Vaccination in Burma 1889-1999 - 1889-1999
Year: 1889
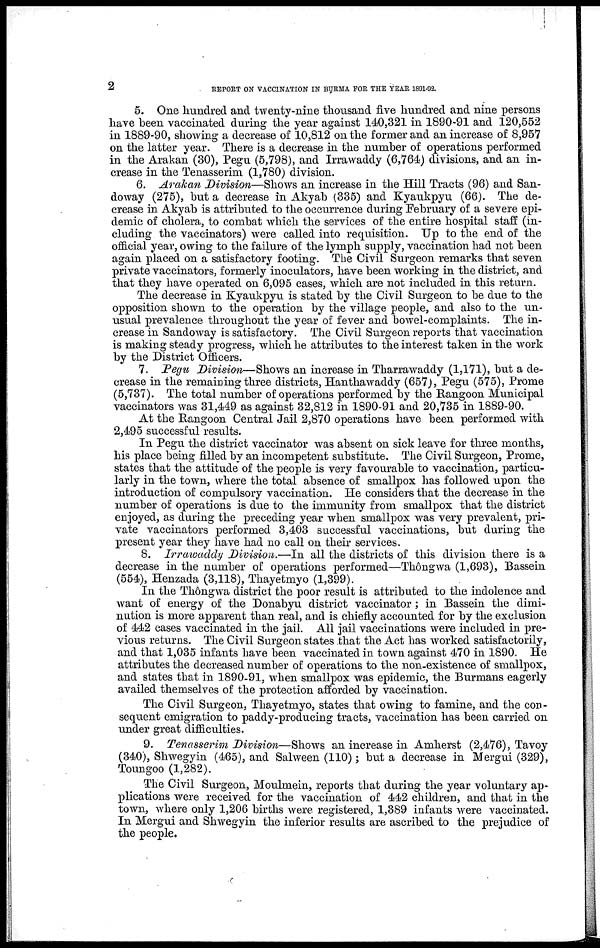
2
REPORT ON VACCINATION IN BURMA FOR THE YEAR 1891-92.
5. One hundred and twenty-nine thousand five hundred and nine persons
have been vaccinated during the year against 140,321 in 1890-91 and 120,552
in 1889-90, showing a decrease of 10,812 on the former and an increase of 8,957
on the latter year. There is a decrease in the number of operations performed
in the Arakan (30), Pegu (5,798), and Irrawaddy (6,764) divisions, and an in-
crease in the Tenasserim (1,780) division.
6. Arakan Division—Shows an increase in the Hill Tracts (96) and San-
doway (275), but a decrease in Akyab (335) and Kyaukpyu (66). The de-
crease in Akyab is attributed to the occurrence during February of a severe epi-
demic of cholera, to combat which the services of the entire hospital staff (in-
cluding the vaccinators) were called into requisition. Up to the end of the
official year, owing to the failure of the lymph supply, vaccination had not been
again placed on a satisfactory footing. The Civil Surgeon remarks that seven
private vaccinators, formerly inoculators, have been working in the district, and
that they have operated on 6,095 cases, which are not included in this return.
The decrease in Kyaukpyu is stated by the Civil Surgeon to be due to the
opposition shown to the operation by the village people, and also to the un-
usual prevalence throughout the year of fever and bowel-complaints. The in-
crease in Sandoway is satisfactory. The Civil Surgeon reports that vaccination
is making steady progress, which he attributes to the interest taken in the work
by the District Officers.
7. Pegu Division—Shows an increase in Tharrawaddy (1,171), but a de-
crease in the remaining three districts, Hanthawaddy (657), Pegu (575), Prome
(5,737). The total number of operations performed by the Rangoon Municipal
vaccinators was 31,449 as against 32,812 in 1890-91 and 20,735 in 1889-90.
At the Rangoon Central Jail 2,870 operations have been performed with
2,495 successful results.
In Pegu the district vaccinator was absent on sick leave for three months,
his place being filled by an incompetent substitute. The Civil Surgeon, Prome,
states that the attitude of the people is very favourable to vaccination, particu-
larly in the town, where the total absence of smallpox has followed upon the
introduction of compulsory vaccination. He considers that the decrease in the
number of operations is due to the immunity from smallpox that the district
enjoyed, as during the preceding year when smallpox was very prevalent, pri-
vate vaccinators performed 3,403 successful vaccinations, but during the
present year they have had no call on their services.
8. Irrawaddy Division.—In all the districts of this division there is a
decrease in the number of operations performed—Thôngwa (1,693), Bassein
(554), Henzada (3,118), Thayetmyo (1,399).
In the Thôngwa district the poor result is attributed to the indolence and
want of energy of the Donabyu district vaccinator; in Bassein the dimi-
nution is more apparent than real, and is chiefly accounted for by the exclusion
of 442 cases vaccinated in the jail. All jail vaccinations were included in pre-
vious returns. The Civil Surgeon states that the Act has worked satisfactorily,
and that 1,035 infants have been vaccinated in town against 470 in 1890. He
attributes the decreased number of operations to the non-existence of smallpox,
and states that in 1890-91, when smallpox was epidemic, the Burmans eagerly
availed themselves of the protection afforded by vaccination.
The Civil Surgeon, Thayetmyo, states that owing to famine, and the con-
sequent emigration to paddy-producing tracts, vaccination has been carried on
under great difficulties.
9. Tenasserim Division—Shows an increase in Amherst (2,476), Tavoy
(340), Shwegyin (465), and Salween (110) ; but a decrease in Mergui (329),
Toungoo (1,282).
The Civil Surgeon, Moulmein, reports that during the year voluntary ap-
plications were received for the vaccination of 442 children, and that in the
town, where only 1,206 births were registered, 1,389 infants were vaccinated.
In Mergui and Shwegyin the inferior results are ascribed to the prejudice of
the people.